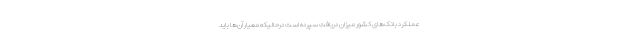
عملکرد بانک‌های کشور میزان دریافت سپرده است درحالیکه معیار آن‌ها باید